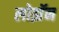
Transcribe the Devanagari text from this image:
लोझॅन